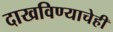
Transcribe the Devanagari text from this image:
दाखविण्याचेही